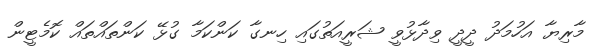
މާރިޔާ އަހުމަދު ދީދީ ވިދާޅުވީ ޝަރީއަތުގައި ހިނގާ ކަންކަމާ ގުޅޭ ކަންތައްތައް ކޮމެޓީން